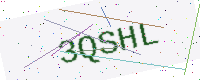
Text: 3QSHL